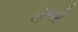
હજો